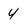
Character: 4